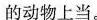
的动物上当。